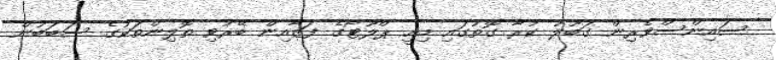
ސައިންސްވެރިން ގަބޫލު ކުރާ ގޮތުގައި މިއީ ޕްލޫޓޯގެ ފަޒާއިން ބޭރުވި ތޮލިންތަކުގެ ސަބަބުން